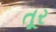
તૂર